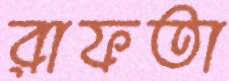
রাফতা